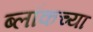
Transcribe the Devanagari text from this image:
ब्लॉकच्या